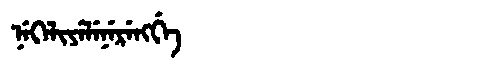
Manchu: ᠨᡝᡴᡝᠯᡳᠶᡝᠯᡝᠨᡝᡵᡝᠩᡤᡝ
Romanization: NEKELIYELENERENGGE